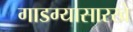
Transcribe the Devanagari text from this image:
गाडग्यासारखे